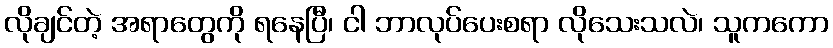
လိုချင်တဲ့ အရာတွေကို ရနေပြီ၊ ငါ ဘာလုပ်ပေးစရာ လိုသေးသလဲ၊ သူကကော